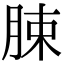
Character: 脨